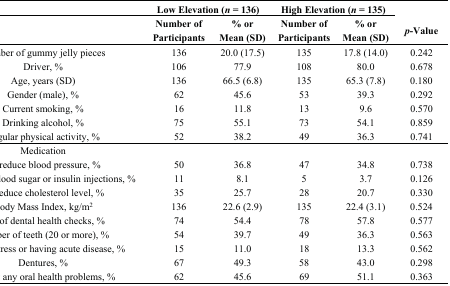
<table><thead><tr><td></td><td colspan="2"><b>Low Elevation (<i>n</i> = 136)</b></td><td colspan="2"><b>High Elevation (<i>n</i> = 135)</b></td><td></td></tr><tr><td></td><td><b>Number of Participants</b></td><td><b>% or Mean (SD)</b></td><td><b>Number of Participants</b></td><td><b>% or Mean (SD)</b></td><td><b><i>p</i>-Value</b></td></tr></thead><tbody><tr><td>Number of gummy jelly pieces</td><td>136</td><td>20.0 (17.5)</td><td>135</td><td>17.8 (14.0)</td><td>0.242</td></tr><tr><td>Driver, %</td><td>106</td><td>77.9</td><td>108</td><td>80.0</td><td>0.678</td></tr><tr><td>Age, years (SD)</td><td>136</td><td>66.5 (6.8)</td><td>135</td><td>65.3 (7.8)</td><td>0.180</td></tr><tr><td>Gender (male), %</td><td>62</td><td>45.6</td><td>53</td><td>39.3</td><td>0.292</td></tr><tr><td>Current smoking, %</td><td>16</td><td>11.8</td><td>13</td><td>9.6</td><td>0.570</td></tr><tr><td>Drinking alcohol, %</td><td>75</td><td>55.1</td><td>73</td><td>54.1</td><td>0.859</td></tr><tr><td>Regular physical activity, %</td><td>52</td><td>38.2</td><td>49</td><td>36.3</td><td>0.741</td></tr><tr><td>Medication</td><td></td><td></td><td></td><td></td><td></td></tr><tr><td>To reduce blood pressure, %</td><td>50</td><td>36.8</td><td>47</td><td>34.8</td><td>0.738</td></tr><tr><td>To reduce blood sugar or insulin injections, %</td><td>11</td><td>8.1</td><td>5</td><td>3.7</td><td>0.126</td></tr><tr><td>To reduce cholesterol level, %</td><td>35</td><td>25.7</td><td>28</td><td>20.7</td><td>0.330</td></tr><tr><td>Body Mass Index, kg/m<sup>2</sup></td><td>136</td><td>22.6 (2.9)</td><td>135</td><td>22.4 (3.1)</td><td>0.524</td></tr><tr><td>Use of dental health checks, %</td><td>74</td><td>54.4</td><td>78</td><td>57.8</td><td>0.577</td></tr><tr><td>Number of teeth (20 or more), %</td><td>54</td><td>39.7</td><td>49</td><td>36.3</td><td>0.563</td></tr><tr><td>Feeling stress or having acute disease, %</td><td>15</td><td>11.0</td><td>18</td><td>13.3</td><td>0.562</td></tr><tr><td>Dentures, %</td><td>67</td><td>49.3</td><td>58</td><td>43.0</td><td>0.298</td></tr><tr><td>Having any oral health problems, %</td><td>62</td><td>45.6</td><td>69</td><td>51.1</td><td>0.363</td></tr></tbody></table>